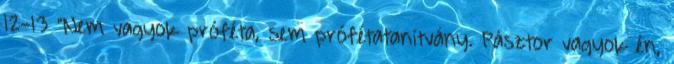
12-13 "Nem vagyok próféta, sem prófétatanítvány. Pásztor vagyok én,